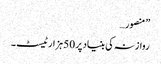
” منصور…
روازنہ کی بنیاد پر 50 ہزارٹیسٹ ۔